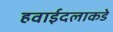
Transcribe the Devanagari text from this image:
हवाईदलाकडे